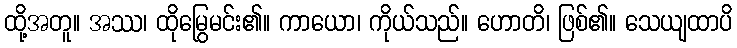
ထို့အတူ။ အဿ၊ ထိုမြွေမင်း၏။ ကာယော၊ ကိုယ်သည်။ ဟောတိ၊ ဖြစ်၏။ သေယျထာပိ